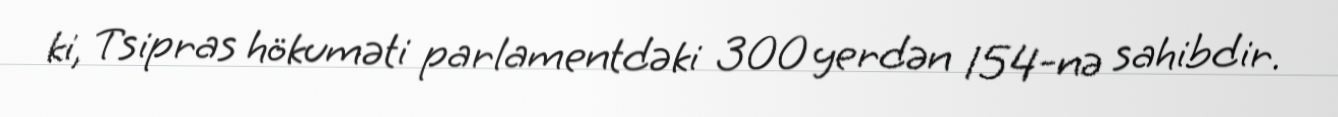
ki, Tsipras hökuməti parlamentdəki 300 yerdən 154-nə sahibdir.